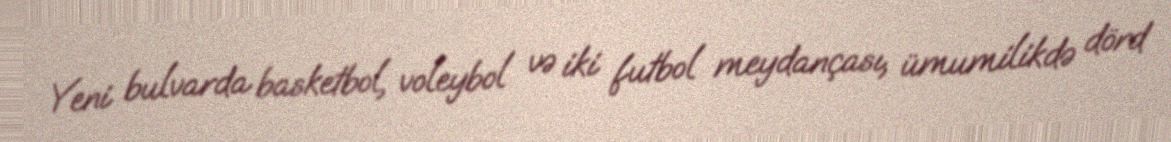
Yeni bulvarda basketbol, voleybol və iki futbol meydançası, ümumilikdə dörd